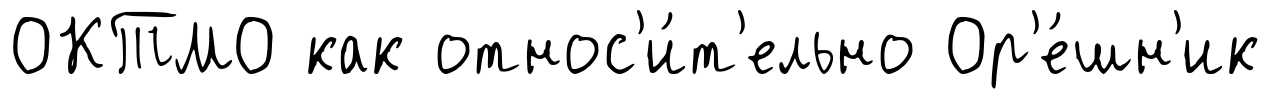
ОКТМО как относ'и́т'ельно Ор'е́шн'ик